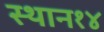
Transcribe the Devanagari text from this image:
स्थान१४